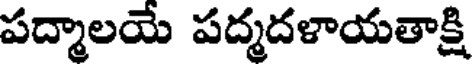
పద్మాలయే పద్మదళాయతాక్షి